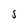
Character: S